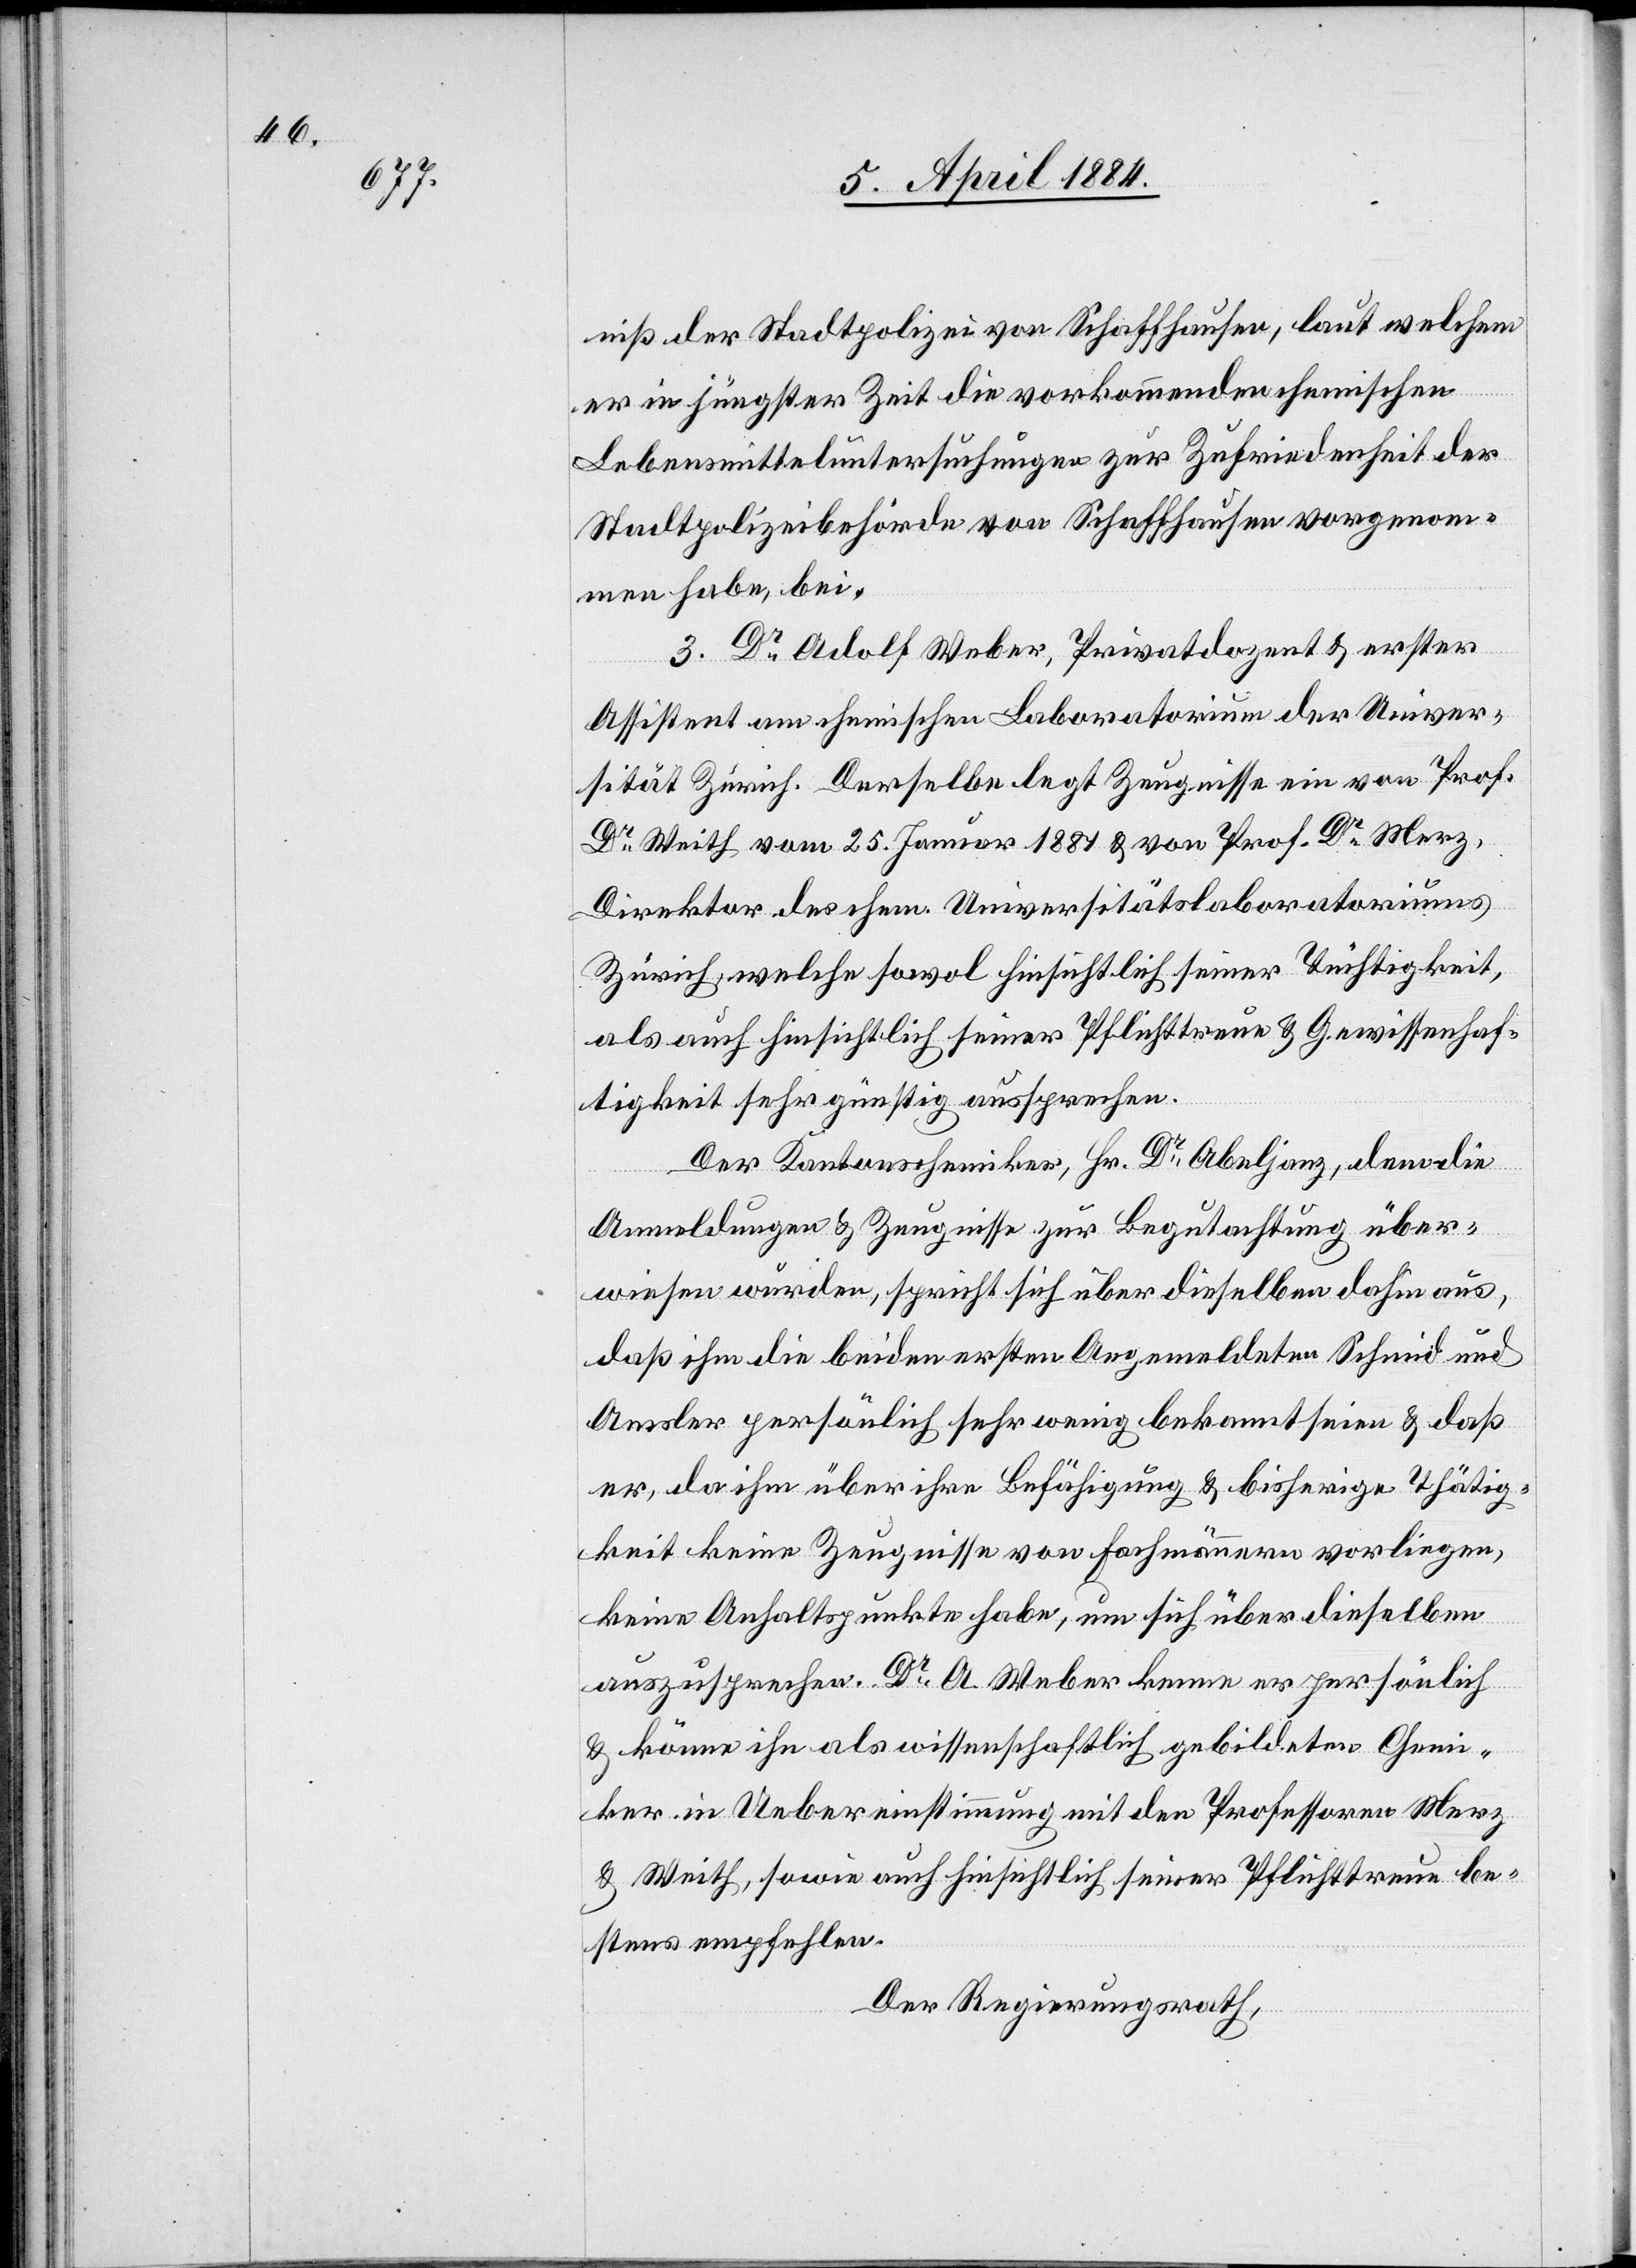
niß der Stadtpolizei von Schaffhausen, laut welchem
er in jüngster Zeit die vorkommenden chemischen
Lebensmitteluntersuchungen zur Zufriedenheit der
Stadtpolizeibehörde von Schaffhausen vorgenom¬
men habe, bei.
3. Dr Adolf Weber, Privatdozent & erster
Assistent am chemischen Laboratorium der Univer¬
sität Zürich. Derselbe legt Zeugnisse ein vom Prof.
Dr Weith vom 25. Januar 1884 & von Prof. Dr Merz,
Direktor der chem. Universitätslaboratoriums,
als auch hinsichtlich seiner Pflichttreue & Gewissenhaf¬
tigkeit sehr günstig aussprechen.
Der Kantonschemiker, Hr. Dr Abeljanz, dem die
Anmeldungen & Zeugnisse zur Begutachtung über¬
wiesen wurden, spricht sich über dieselben dahin aus,
daß ihm die beiden ersten Angemeldeten Schmid und
Amsler persönlich sehr wenig bekannt seien & daß
er, da ihm über ihre Befähigung & bisherige Thätig¬
keit keine Zeugnisse von Fachmännern vorliegen,
keine Anhaltspunkte habe, um sich über dieselben
auszusprechen. Dr A. Weber kenne er persönlich
& könne ihn als wissenschaftlich gebildeten Chemi¬
ker in Uebereinstimmung mit den Professoren Merz
& Weith, sowie auch hinsichtlich seiner Pflichttreue be¬
stens empfehlen.
Der Regierungsrath,